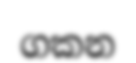
ගකන